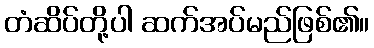
တံဆိပ်တို့ပါ ဆက်အပ်မည်ဖြစ်၏။